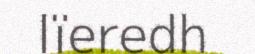
lïeredh